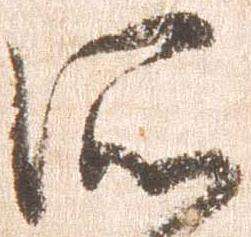
所